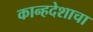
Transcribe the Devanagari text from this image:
कान्हदेशाचा